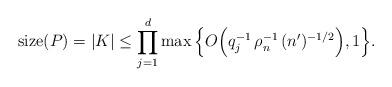
LaTeX: \begin{align*}\hbox{\rm size}(P)=|K|\le\prod_{j=1}^d\max\Big\{O\Big(q_j^{-1}\,\rho_n^{-1}\,(n')^{-1/2}\Big),1\Big\}. \end{align*}